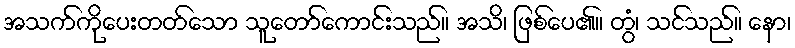
အသက်ကိုပေးတတ်သော သူတော်ကောင်းသည်။ အသိ၊ ဖြစ်ပေ၏။ တွံ၊ သင်သည်။ နော၊